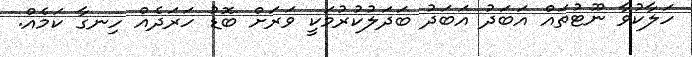
ހަލާކުވާ ނޫޓުތައް އަބަދު އަބަދު ބަދަލުކުރުމަކީ ވަރަށް ބޮޑު ހަރަދެއް ހިނގާ ކަމެއް.